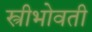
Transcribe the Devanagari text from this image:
स्त्रीभोवती